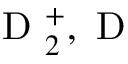
\mathrm { ~ D ~ } _ { 2 } ^ { + } , \mathrm { ~ D ~ }